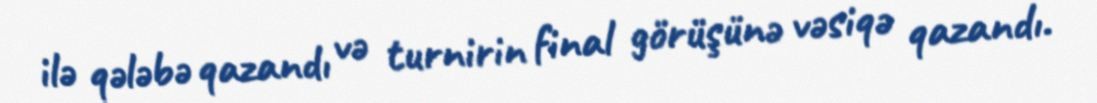
ilə qələbə qazandı və turnirin final görüşünə vəsiqə qazandı.